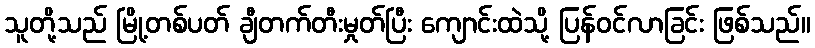
သူတို့သည် မြို့တစ်ပတ် ချီတက်တီးမှုတ်ပြီး ကျောင်းထဲသို့ ပြန်ဝင်လာခြင်း ဖြစ်သည်။